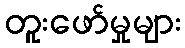
တူးဖော်မှုများ